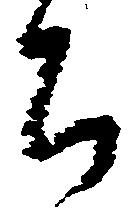
ち